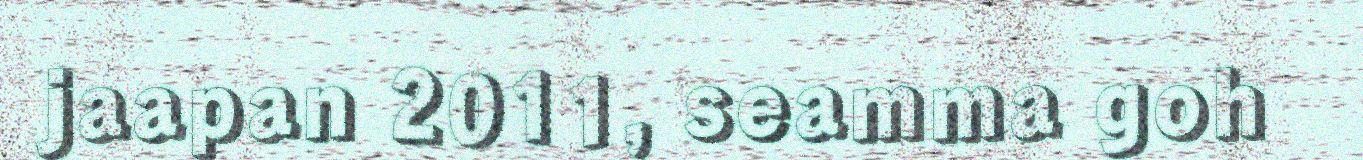
jaapan 2011, seamma goh